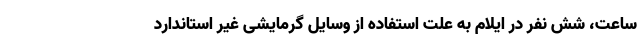
ساعت، شش نفر در ایلام به علت استفاده از وسایل گرمایشی غیر استاندارد